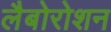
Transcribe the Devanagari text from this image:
लैबोरोशन